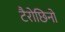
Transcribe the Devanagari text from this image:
टैरोछिनो